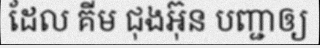
ដែល គីម ជុងអ៊ុន បញ្ជាឲ្យ